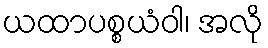
ယထာပစ္စယံဝါ၊ အလို